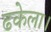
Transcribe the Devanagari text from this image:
ढकेला।